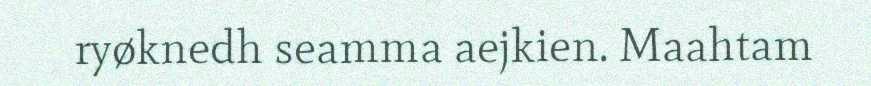
ryøknedh seamma aejkien. Maahtam